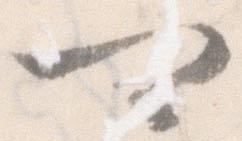
可